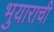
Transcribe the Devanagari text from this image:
भुयाराची